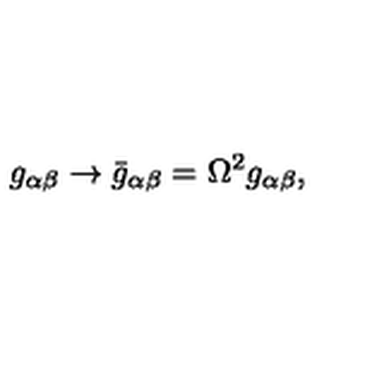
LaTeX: g _ { \alpha \beta } \rightarrow \bar { g } _ { \alpha \beta } = \Omega ^ { 2 } g _ { \alpha \beta } ,